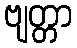
ဗျတ္တာ